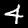
Digit: 4